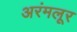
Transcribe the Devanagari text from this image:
अरंमलूर